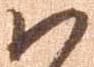
ハ